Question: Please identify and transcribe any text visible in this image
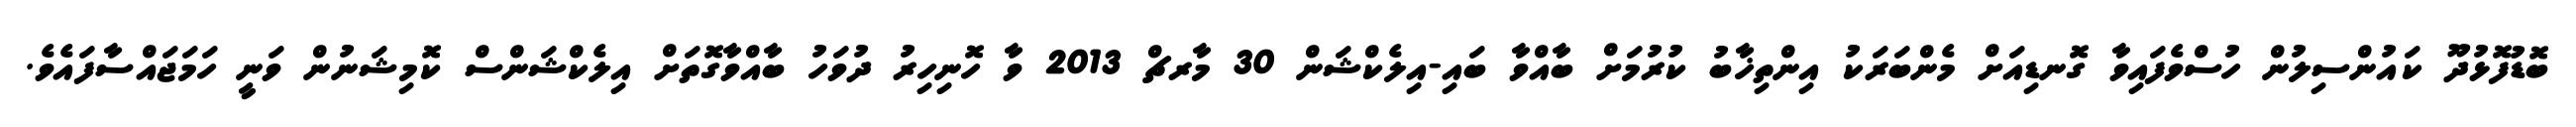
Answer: ބޮޑުފޮޅުދޫ ކައުންސިލުން ހުސްވެފައިވާ ގޮނޑިއަށް މެންބަރަކު އިންތިޚާބު ކުރުމަށް ބާއްވާ ބައި-އިލެކްޝަން 30 މާރޗް 2013 ވާ ހޮނިހިރު ދުވަހު ބާއްވާގޮތަށް އިލެކްޝަންސް ކޮމިޝަނުން ވަނީ ހަމަޖައްސާފައެވެ.